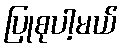
ပြုစုပါ့မယ်